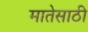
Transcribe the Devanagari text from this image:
मातेसाठी